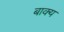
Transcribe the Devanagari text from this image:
बाक्य